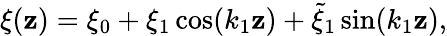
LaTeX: \xi(\mathbf{z})=\xi_{0}+\xi_{1}\cos(k_{1}\mathbf{z})+\tilde{{\xi}}_{1}\sin(k_{1}\mathbf{z}),